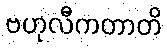
ဗဟုလီကတာတိ